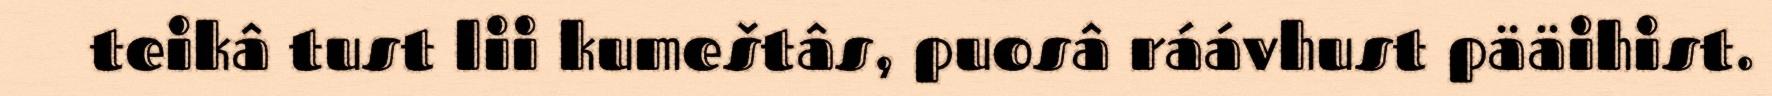
teikâ tust lii kumeštâs, puosâ ráávhust pääihist.